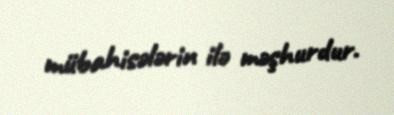
mübahisələrin ilə məşhurdur.